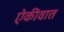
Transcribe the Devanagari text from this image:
ऐकीवात